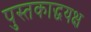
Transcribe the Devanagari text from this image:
पुस्तकाद्धयक्ष